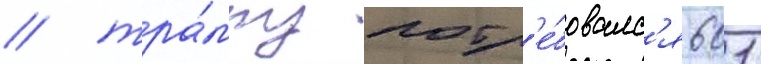
/ тра́мпу потр'е́бовалс'я 601